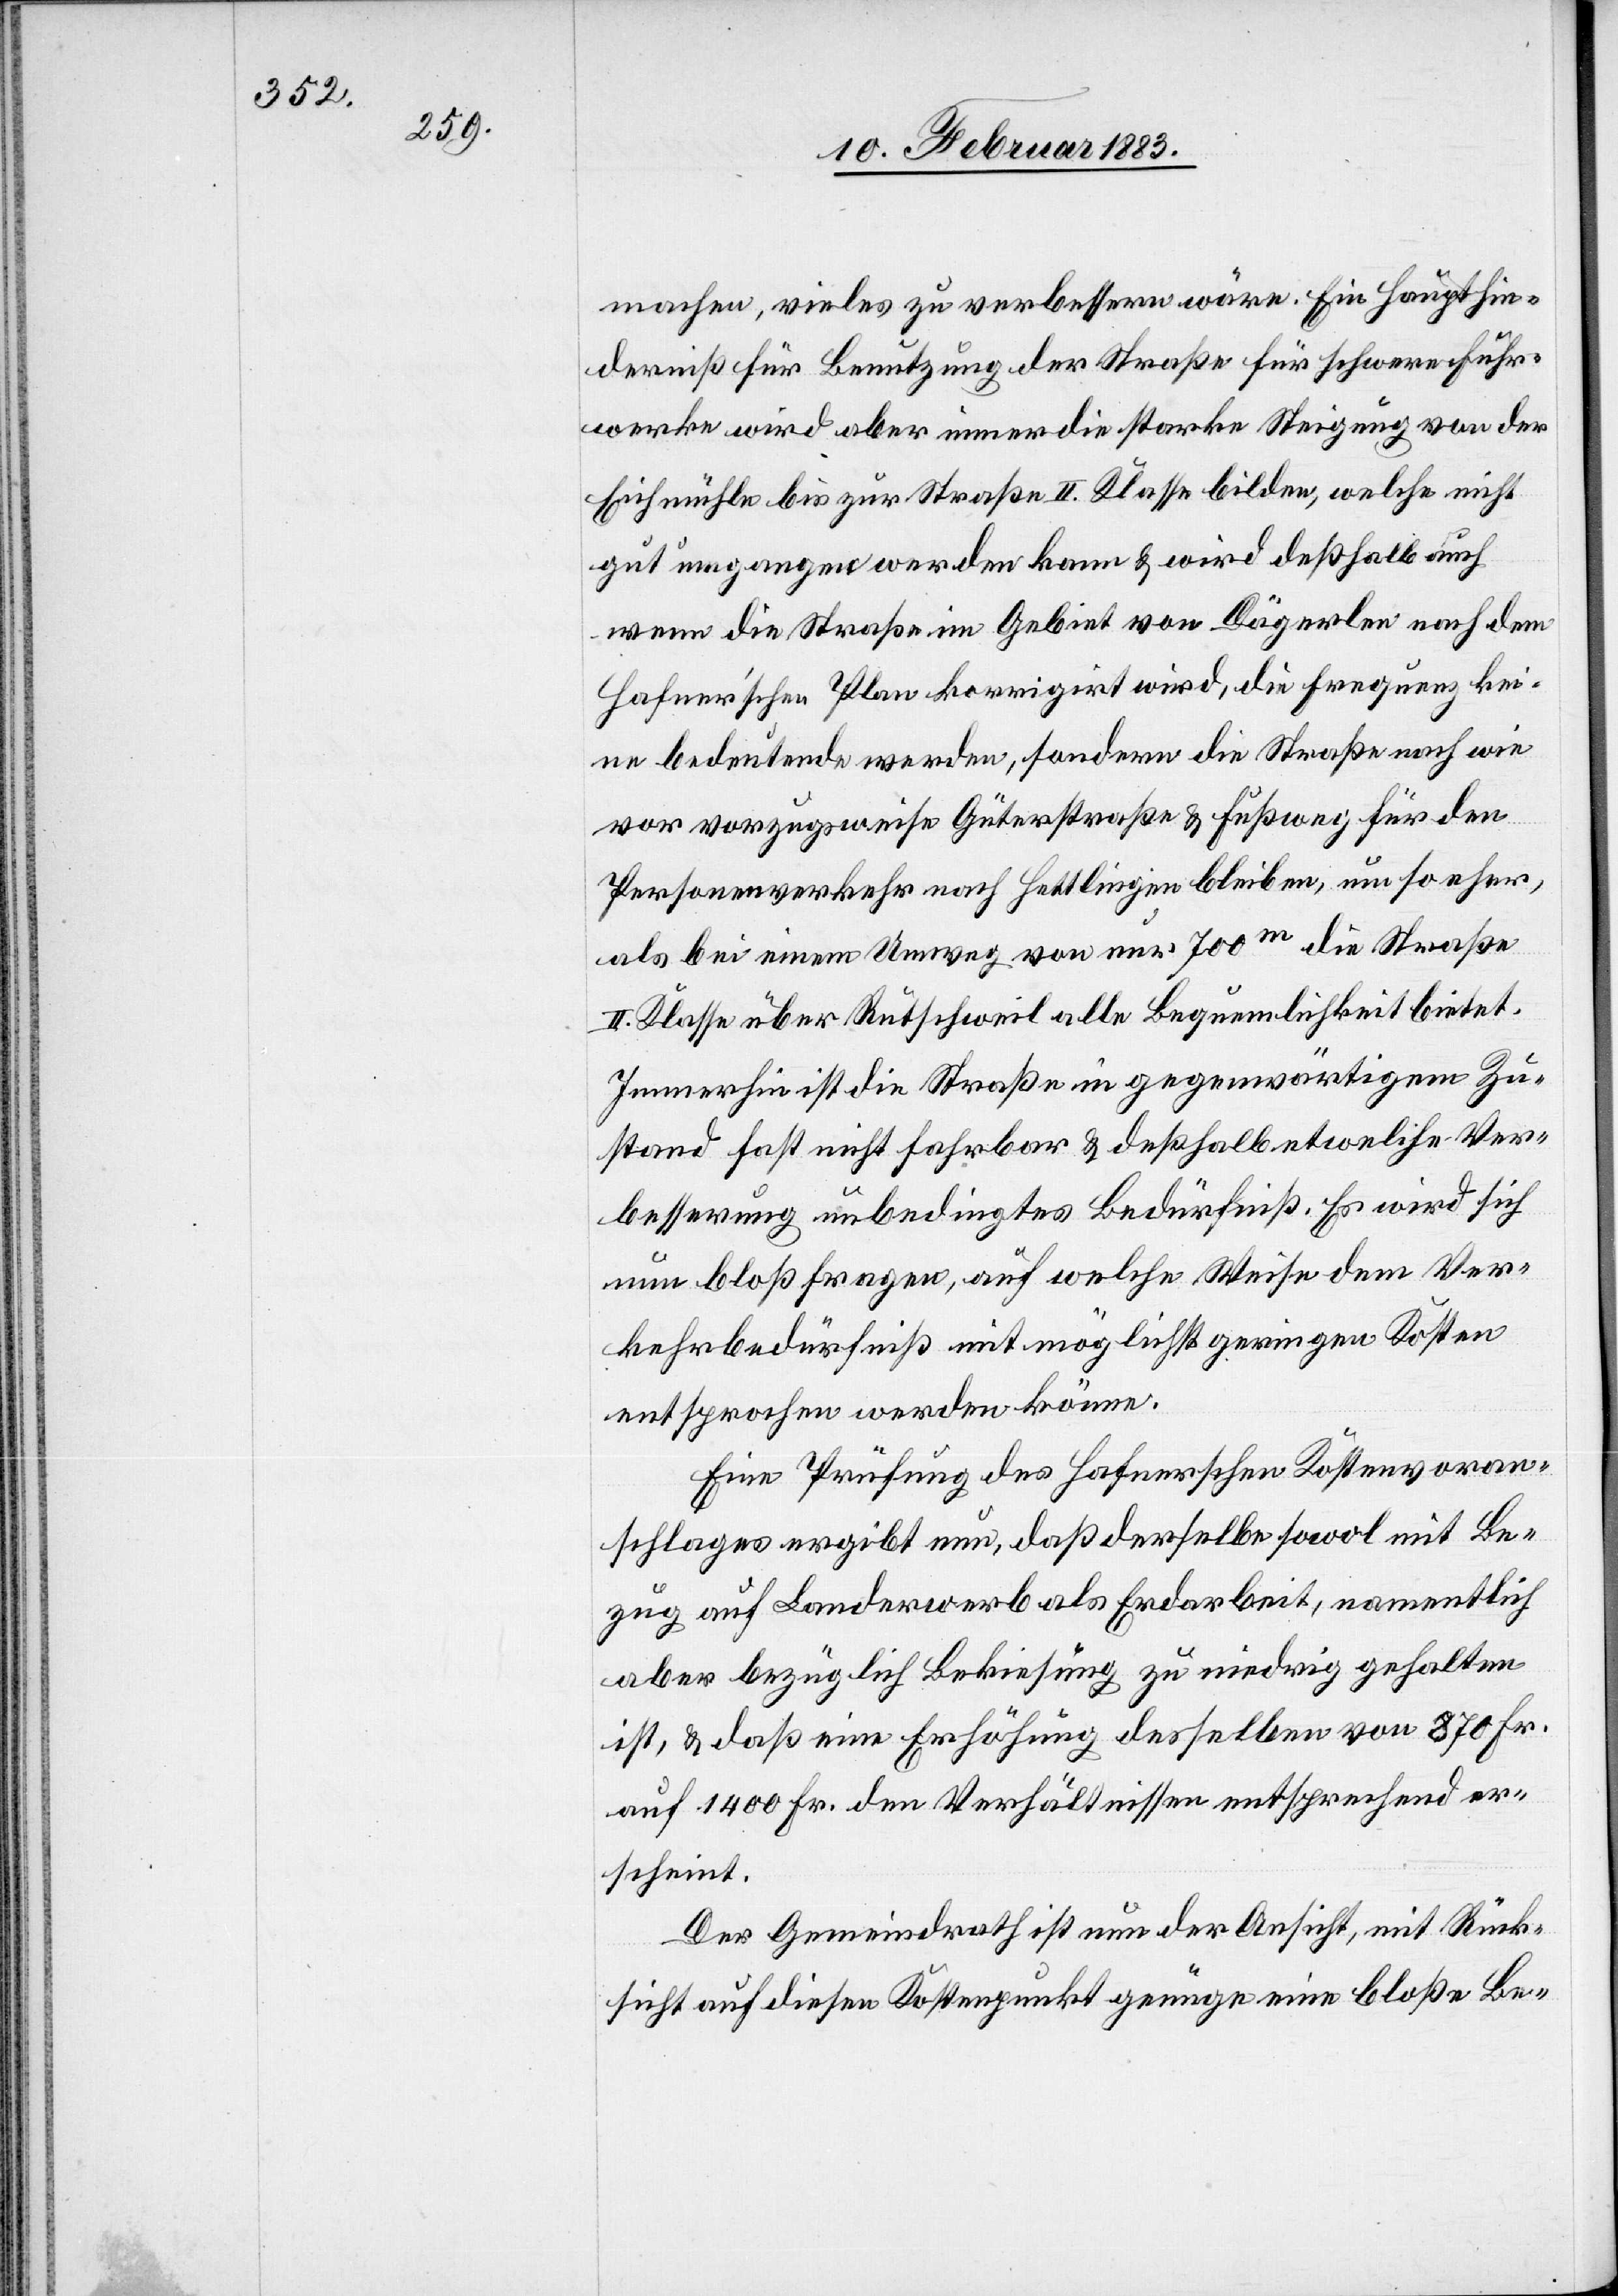
machen, vieles zu verbessern wäre. Ein Haupthin¬
derniß für Benutzung der Straße für schwere Fuhr¬
werke wird aber immer die starke Steigung von der
Eichmühle bis zur Straße II. Klasse bilden, welche nicht
gut umgangen werden kann & wird deßhalb auch
wenn die Straße im Gebiet von Dägerlen nach dem
Hafnerʼschen Plan korrigirt wird, die Frequenz kei¬
ne bedeutende werden, sondern die Straße nach wie
vor vorzugsweise Güterstraße & Fußweg für den
Personenverkehr nach Hettlingen bleiben, um so eher,
als bei einem Umweg von nur 700m die Straße
II. Klasse über Rutschweil alle Bequemlichkeit bietet.
Immerhin ist die Straße in gegenwärtigem Zu¬
stand fast nicht fahrbar & deßhalb etwelche Ver¬
besserung unbedingtes Bedürfniß. Es wird sich
nun bloß fragen, auf welche Weise dem Ver¬
kehrbedürfniß mit möglichst geringen Kosten
entsprochen werden könne.
Eine Prüfung des Hafnerschen Kostenvoran¬
schlages ergibt nun, daß derselbe sowol mit Be¬
zug auf Landerwerb als Erdarbeit, namentlich
aber bezüglich Bekiesung zu niedrig gehalten
ist, & daß eine Erhöhung desselben von 870 Fr.
auf 1400 Fr. den Verhältnissen entsprechend er¬
scheint.
Der Gemeindrath ist nun der Ansicht, mit Rück¬
sicht auf diesen Kostenpunkt genüge eine bloße Be-